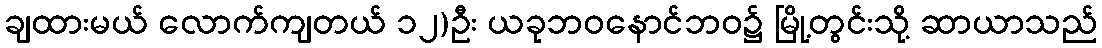
ချထားမယ် လောက်ကျတယ် ၁၂)ဦး ယခုဘဝနောင်ဘဝ၌ မြို့တွင်းသို့ ဆာယာသည်